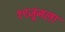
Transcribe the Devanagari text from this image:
१९जूनला